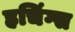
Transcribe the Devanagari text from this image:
हचिंग्स